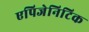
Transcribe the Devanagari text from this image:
एपिजेनिटिक